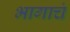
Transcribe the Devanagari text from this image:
भागाचं